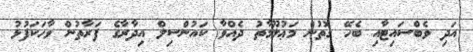
އަދި ވެބްސައިޓާއި ބެހޭ ގޮތުން މަޢުލޫމާތު ދެއްވާ ކައުންސިލް އިދާރާގެ ފަރާތުން ވާހަކަފުޅު